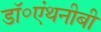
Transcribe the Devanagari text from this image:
डॉ॰एंथनीबी